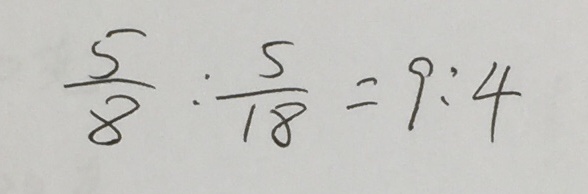
\frac { 5 } { 8 } : \frac { 5 } { 1 8 } = 9 : 4